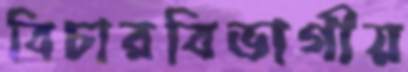
বিচারবিভাগীয়